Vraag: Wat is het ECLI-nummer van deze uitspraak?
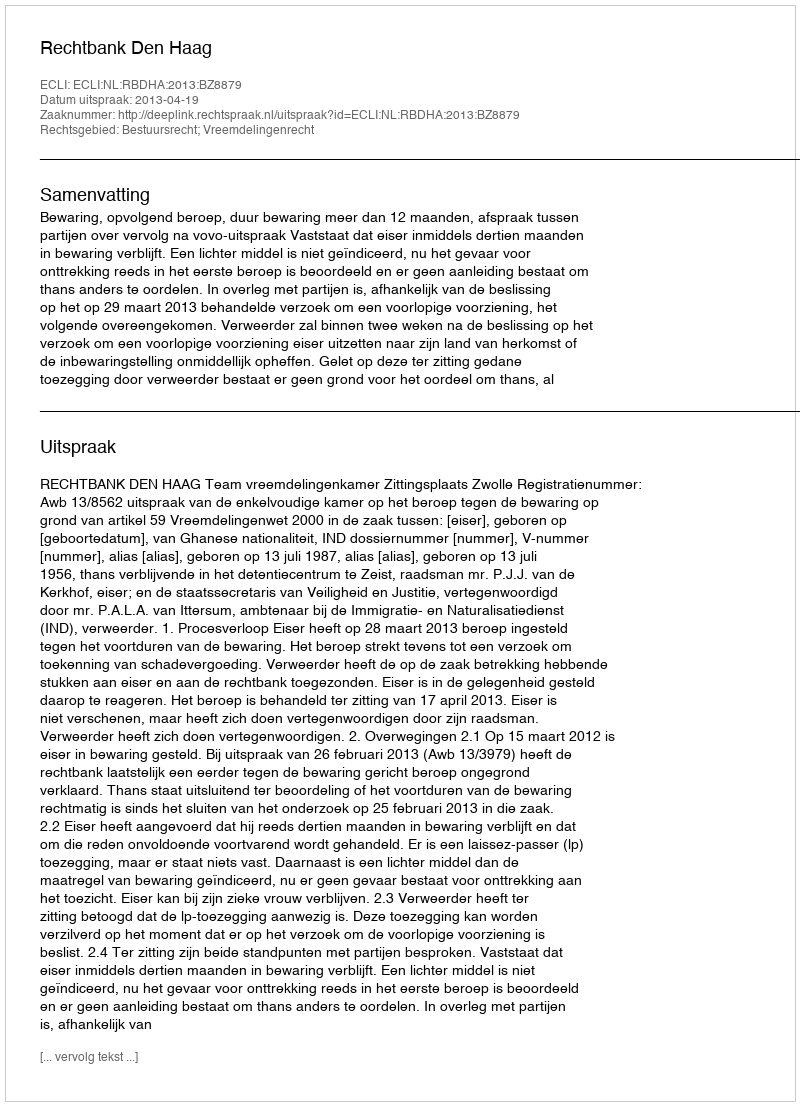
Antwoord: ECLI:NL:RBDHA:2013:BZ8879